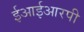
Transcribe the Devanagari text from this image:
ईआईआरपी